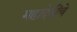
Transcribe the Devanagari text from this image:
महादेवींचे